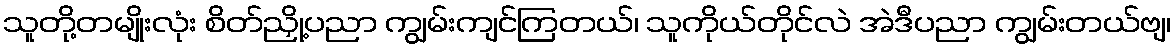
သူတို့တမျိုးလုံး စိတ်ညှို့ပညာ ကျွမ်းကျင်ကြတယ်၊ သူကိုယ်တိုင်လဲ အဲဒီပညာ ကျွမ်းတယ်ဗျ၊